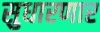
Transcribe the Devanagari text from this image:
सुधारणार